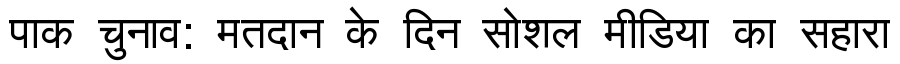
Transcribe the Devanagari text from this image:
पाक चुनाव: मतदान के दिन सोशल मीडिया का सहारा